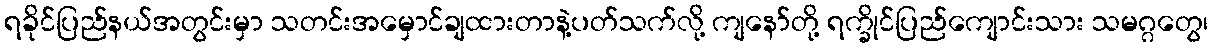
ရခိုင်ပြည်နယ်အတွင်းမှာ သတင်းအမှောင်ချထားတာနဲ့ပတ်သက်လို့ ကျနော်တို့ ရက္ခိုင်ပြည်ကျောင်းသား သမဂ္ဂတွေ၊